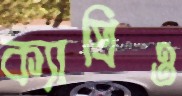
ক্যাপ্রিও